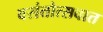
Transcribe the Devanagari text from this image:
वसंतोत्सवात